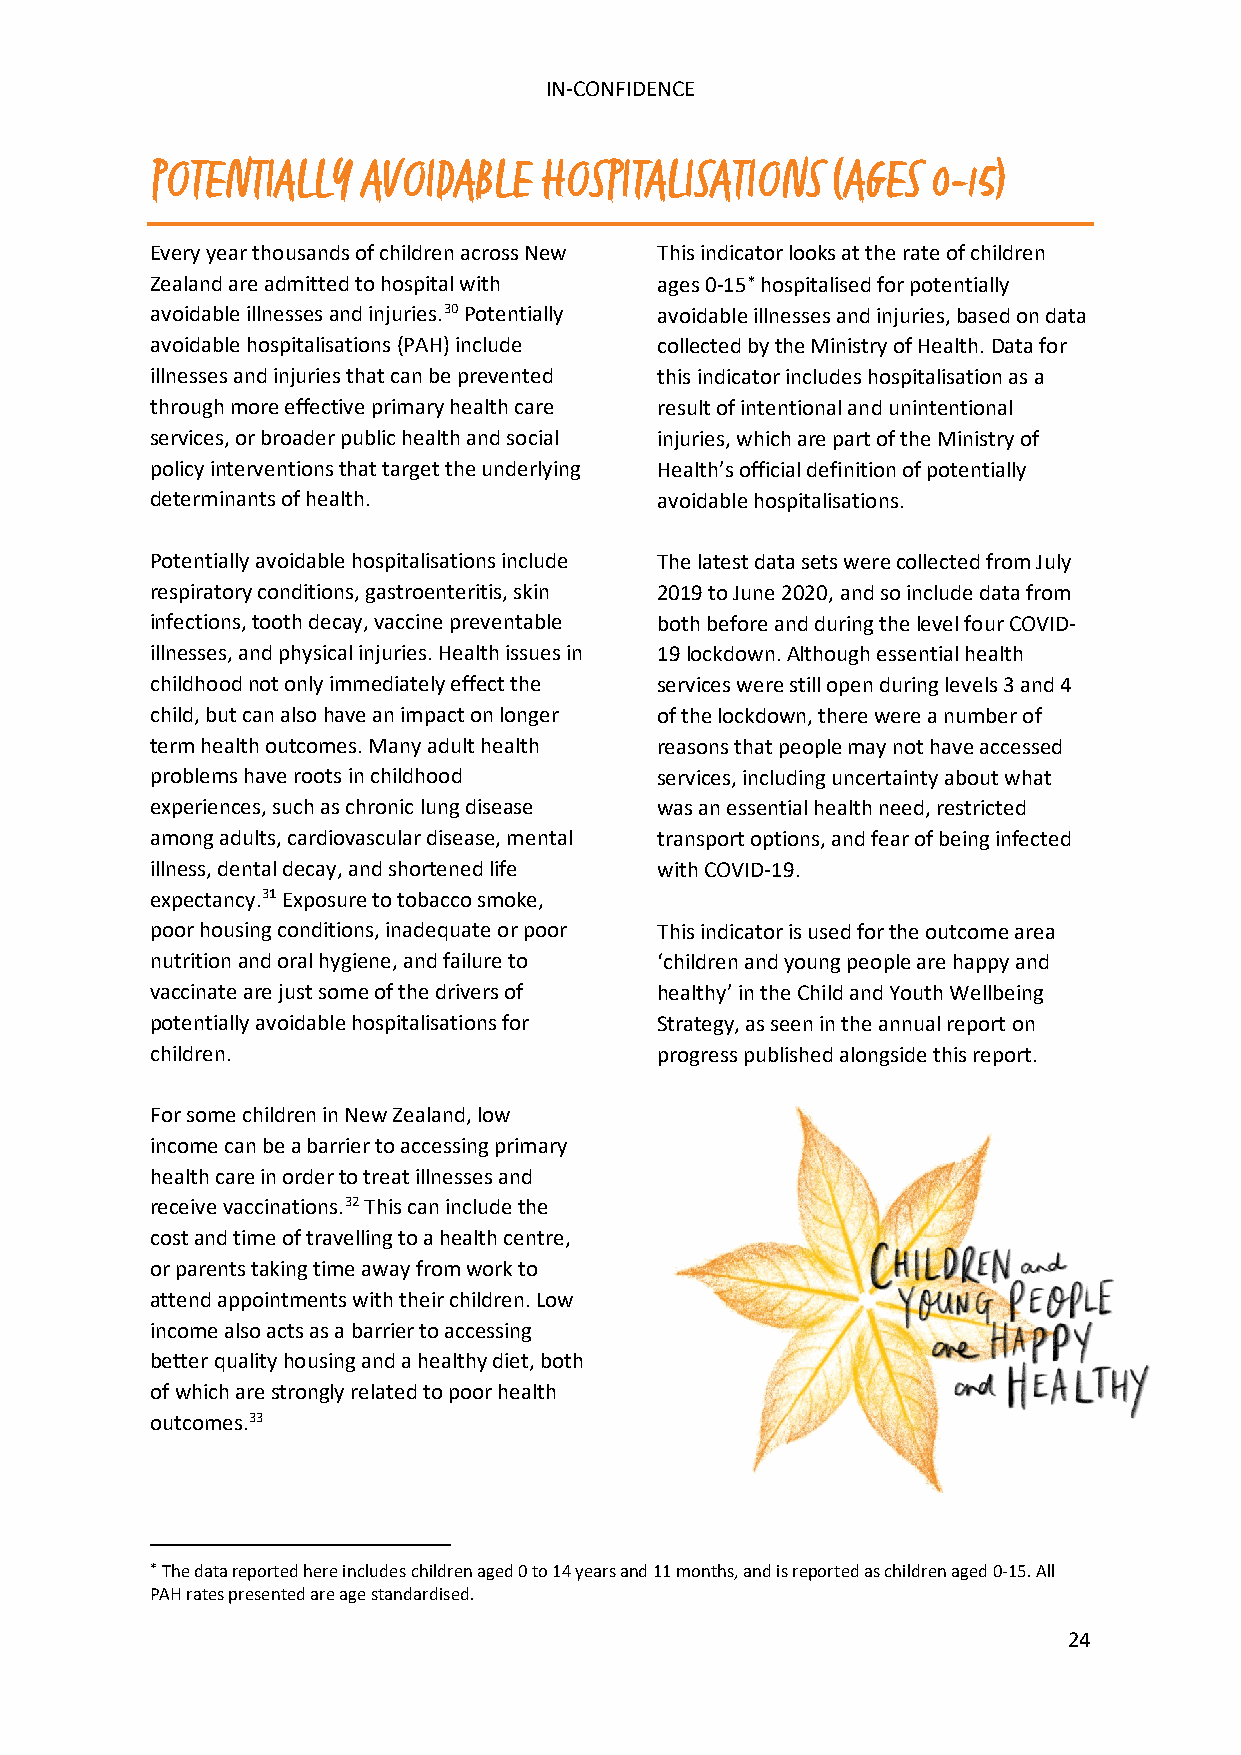
IN-CONFIDENCE
 POTENTIALLY   AVOIDABLE   HOSPITALISATIONS   (AGES  0-15)
 Every year thousands of children across New This indicator looks at the rate of children
 Zealand are admitted to hospital with ages 0-15∗ hospitalised for potentially
 avoidable illnesses and injuries.30 Potentially avoidable illnesses and injuries, based on data
 avoidable hospitalisations (PAH) include collected by the Ministry of Health. Data for
 illnesses and injuries that can be prevented this indicator includes hospitalisation as a
 through more effective primary health care result of intentional and unintentional
 services, or broader public health and social injuries, which are part of the Ministry of
 policy interventions that target the underlying Health’s official definition of potentially
 determinants of health.          avoidable hospitalisations.
 Potentially avoidable hospitalisations include The latest data sets were collected from July
 respiratory conditions, gastroenteritis, skin 2019 to June 2020, and so include data from
 infections, tooth decay, vaccine preventable both before and during the level four COVID-
 illnesses, and physical injuries. Health issues in 19 lockdown. Although essential health
 childhood not only immediately effect the services were still open during levels 3 and 4
 child, but can also have an impact on longer of the lockdown, there were a number of
 term health outcomes. Many adult health reasons that people may not have accessed
 problems have roots in childhood services, including uncertainty about what
 experiences, such as chronic lung disease was an essential health need, restricted
 among adults, cardiovascular disease, mental transport options, and fear of being infected
 illness, dental decay, and shortened life with COVID-19.
 expectancy.31 Exposure to tobacco smoke,
 poor housing conditions, inadequate or poor This indicator is used for the outcome area
 nutrition and oral hygiene, and failure to ‘children and young people are happy and
 vaccinate are just some of the drivers of healthy’ in the Child and Youth Wellbeing
 potentially avoidable hospitalisations for Strategy, as seen in the annual report on
 children.                        progress published alongside this report.
 For some children in New Zealand, low
 income can be a barrier to accessing primary
 health care in order to treat illnesses and
 receive vaccinations.32 This can include the
 cost and time of travelling to a health centre,
 or parents taking time away from work to
 attend appointments with their children. Low
 income also acts as a barrier to accessing
 better quality housing and a healthy diet, both
 of which are strongly related to poor health
 outcomes.33
 ∗ The data reported here includes children aged 0 to 14 years and 11 months, and is reported as children aged 0-15. All
 PAH rates presented are age standardised.
 24